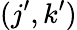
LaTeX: (j^{\prime},k^{\prime})